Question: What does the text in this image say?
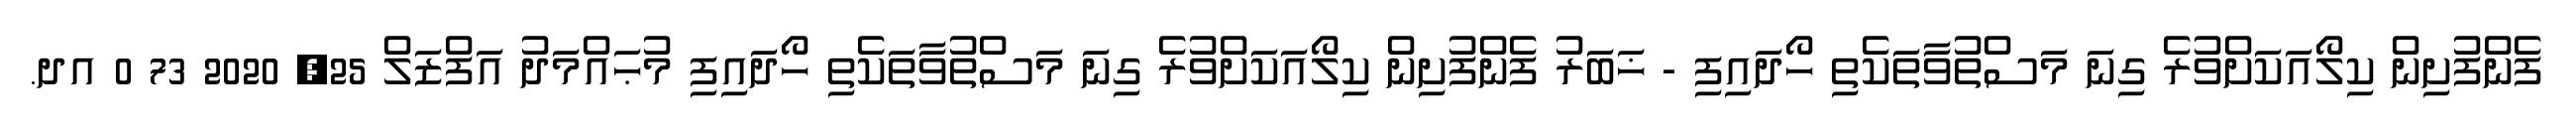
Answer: ފެންފުށިން ކިލޯއަކަށްވުރެ ގިނަ މަސްތުވާތަކެތި ހޯދައިފި - ޚަބަރު ފެންފުށިން ކިލޯއަކަށްވުރެ ގިނަ މަސްތުވާތަކެތި ހޯދައިފި މުޙައްމަދު އަފްޒަލް 25, 2020 73 0 އދ.